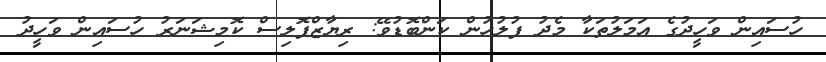
ހުސައިން ވަހީދުގެ އަމަލުތަކާ މެދު ފުލުހުން ކަންބޮޑުވޭ: ރިޔާޒްޕޮލިސް ކޮމިޝަނަރު ހުސައިން ވަހީދު